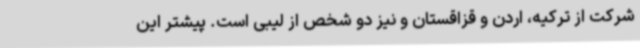
شرکت از ترکیه، اردن و قزاقستان و نیز دو شخص از لیبی است. پیشتر این